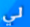
لي